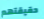
حقيقتهم